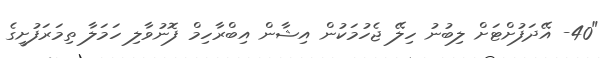
"40- އޭދަފުށްޓަށް ލިބުނު ހިލޭ ޖެހުމަކުން އިޝާން އިބްރާހިމް ފޮނުވާލި ހަމަލާ ތިމަރަފުށީގެ